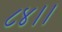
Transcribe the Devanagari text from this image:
८४।।